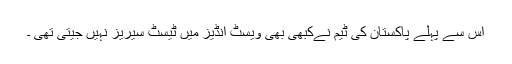
اس سے پہلے پاکستان کی ٹیم نےکبھی بھی ویسٹ انڈیز میں ٹیسٹ سیریز نہیں جیتی تھی ۔